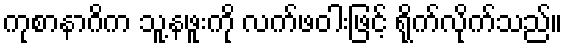
ကုစာနာဂိက သူ့နဖူးကို လက်ဖဝါးဖြင့် ရိုက်လိုက်သည်။